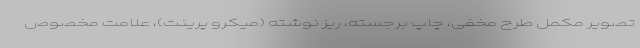
تصویر مکمل طرح مخفی، چاپ برجسته، ریز نوشته (میکرو پرینت)، علامت مخصوص